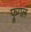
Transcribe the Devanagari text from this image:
फ्रूगल